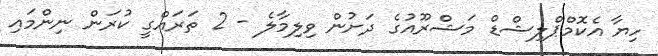
ހިޔާ އެކޮމްޕްލިޝްޑް މަޝްރޫއުގެ ދަށުން ވިލިމާލެ - 2 ތަރައްގީ ކުރަން ނިންމައި